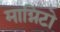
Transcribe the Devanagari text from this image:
माग्निटो